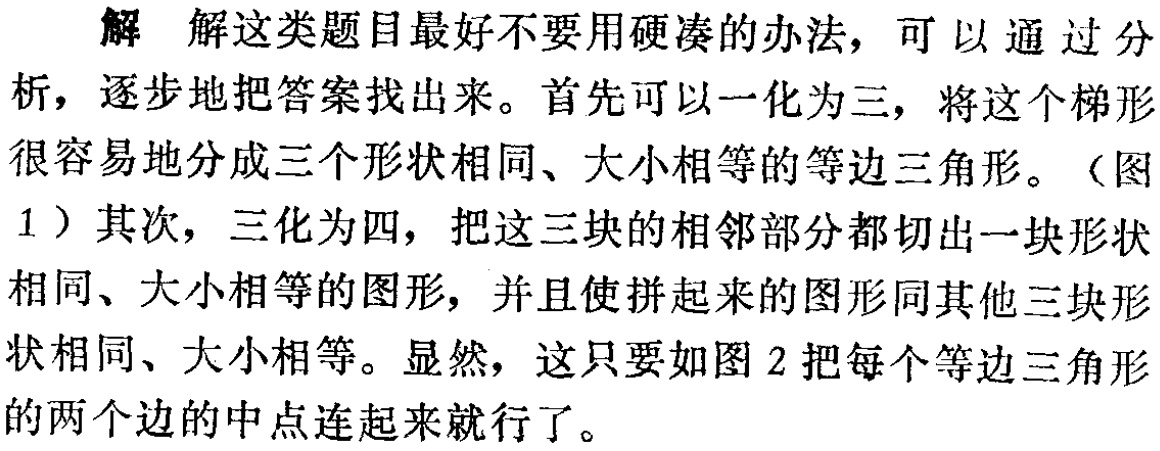
解 解这类题目最好不要用硬凑的办法，可以通过分析，逐步地把答案找出来。首先可以一化为三，将这个梯形很容易地分成三个形状相同、大小相等的等边三角形。（图1）其次，三化为四，把这三块的相邻部分都切出一块形状相同、大小相等的图形，并且使拼起来的图形同其他三块形状相同、大小相等。显然，这只要如图2把每个等边三角形的两个边的中点连起来就行了。